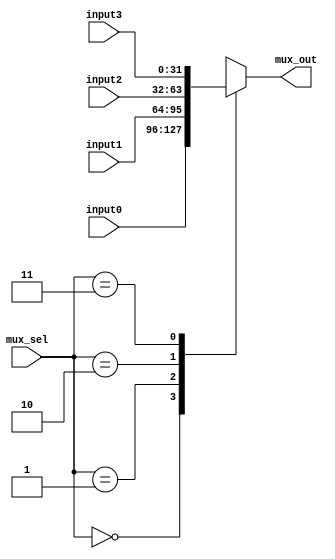
// 4 input mux for branch select
// called mux3 because it is the 3rd mux I thought of

module mux4input (
    input [31:0] input0 ,
    input [31:0] input1 ,
    input [31:0] input2 ,
    input [31:0] input3 ,
    input [1:0] mux_sel ,  // 2 bit select line
    output reg [31:0] mux_out
);
    always @(*) begin
        
        case (mux_sel) 
            2'd0     : mux_out = input0 ;
            2'd1     : mux_out = input1 ;
            2'd2     : mux_out = input2 ;
            2'd3     : mux_out = input3 ;

            default  : mux_out = 0 ;
            
        endcase
    end
endmodule